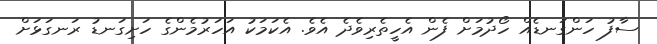
ސާފު ހަންގަނޑެއް ހޯދުމަށް ފެން އެހީތެރިވެދެ އެވެ. އެކަމަކު އަހަރުމެންގެ ހަށިގަނޑު ރަނގަޅަށް